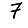
Digit: 7